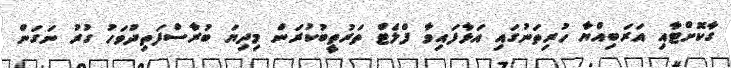
ގާކޮށްޓާއި އަރަބިއްޔާ ހުރިތަނުގައި އަޅާފައިވާ ފްލެޓް ތަރުތީބުކުރަން މިދިޔަ ބުރާސްފަތިދުވަހު ގުރު ނަގަން